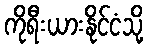
ကိုရီးယားနိုင်ငံသို့